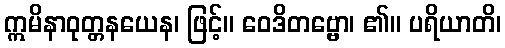
ဣမိနာဝုတ္တနယေန၊ ဖြင့်။ ဝေဒိတဗ္ဗော၊ ၏။ ပရိယာတိ၊